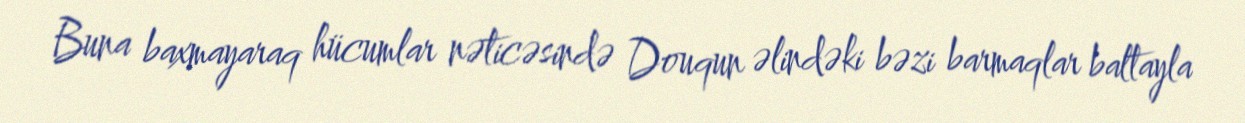
Buna baxmayaraq hücumlar nəticəsində Douqun əlindəki bəzi barmaqlar baltayla